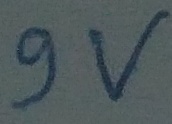
Text: 9V